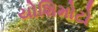
યોશિમોટો